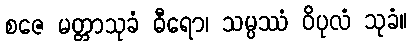
စဇေ မတ္တာသုခံ ဓီရော၊ သမ္ပဿံ ဝိပုလံ သုခံ။